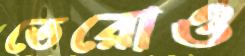
তেরোও